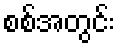
စစ်အတွင်း